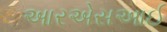
આરએસઆઈ